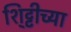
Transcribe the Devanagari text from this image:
शि्ट्टीच्या